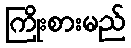
ကြိုးစားမည်